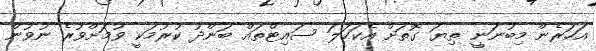
އަހަރެން މިބުނަނީ ތިޔަ ގޮތަށް އެކަހަލަ ސައިޓްތައް ބަންދު ކުރުމަކީ ވުމަށްވުރެ ނުވުން